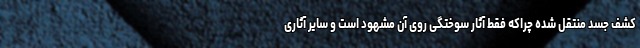
کشف جسد منتقل شده چراکه فقط آثار سوختگی روی آن مشهود است و سایر آثاری